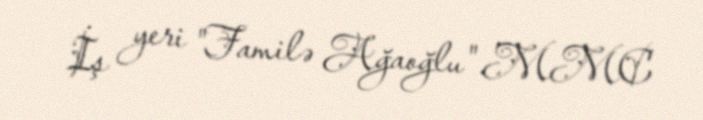
İş yeri "Familə Ağaoğlu" MMC